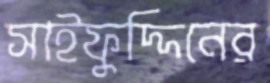
সাইফুদ্দিনের